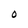
Character: O